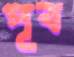
পূব